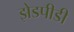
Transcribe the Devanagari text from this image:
झेडपीडी